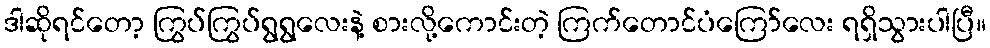
ဒါဆိုရင်တော့ ကြွပ်ကြွပ်ရွရွလေးနဲ့ စားလို့ကောင်းတဲ့ ကြက်တောင်ပံကြော်လေး ရရှိသွားပါပြီ။